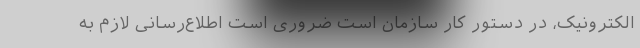
الکترونیک، در دستور کار سازمان است ضروری است اطلاع‌رسانی لازم به